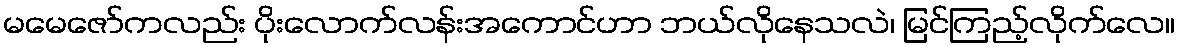
မမေဇော်ကလည်း ပိုးလောက်လန်းအကောင်ဟာ ဘယ်လိုနေသလဲ၊ မြင်ကြည့်လိုက်လေ။